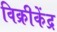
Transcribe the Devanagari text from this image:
विक्रीकेंद्र